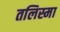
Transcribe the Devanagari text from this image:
तलिस्मा